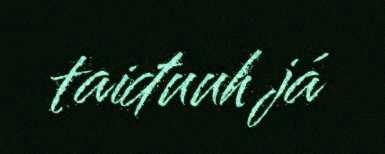
taiđuuh já